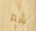
شم